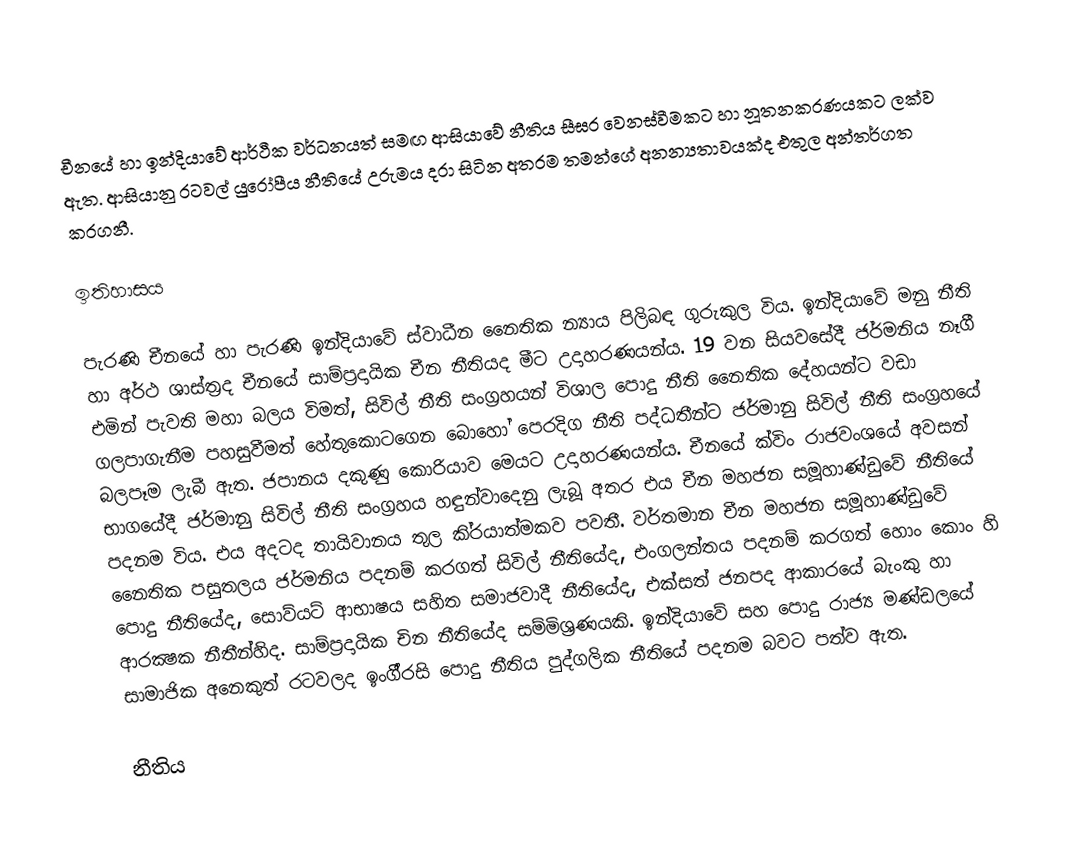
චීනයේ හා ඉන්දියාවේ ආර්ථීක වර්ධනයත් සමඟ ආසියාවේ නීතිය සීඝ‍්‍ර වෙනස්වීමකට හා නූතනකරණයකට ලක්ව ඇත. ආසියානු රටවල් යුරෝපීය නීතියේ උරුමය දරා සිටින අතරම තමන්ගේ අනන්‍යතාවයක්ද එතුල අන්තර්ගත කරගනී.

ඉතිහාසය

පැරණි චීනයේ හා පැරණි ඉන්දියාවේ ස්වාධීන නෛතික න්‍යාය පිලිබඳ ගුරුකුල විය. ඉන්දියාවේ මනු නීති හා අර්ථ ශාස්ත‍්‍රද චීනයේ සාම්ප‍්‍රදායික චීන නීතියද මීට උදාහරණයන්ය. 19 වන සියවසේදී ජර්මනිය නෑගී එමින් පැවති මහා බලය විමත්, සිවිල් නීති සංග‍්‍රහයන් විශාල පොදු නීති නෛතික දේහයන්ට වඩා ගලපාගැනීම පහසුවීමත් හේතුකොටගෙන බොහෝ පෙරදිග නීති පද්ධතීන්ට ජර්මානු සිවිල් නීති සංග‍්‍රහයේ බලපෑම ලැබී ඇත. ජපානය දකුණු කොරියාව මෙයට උදාහරණයන්ය. චීනයේ ක්විං රාජවංශයේ අවසන් භාගයේදී ජර්මානු සිවිල් නීති සංග‍්‍රහය හඳුන්වාදෙනු ලැබූ අතර එය චීන මහජන සමූහාණ්ඩුවේ නීතියේ පදනම විය. එය අදටද තායිවානය තුල කි‍්‍රයාත්මකව පවතී. වර්තමාන චීන මහජන සමූහාණ්ඩුවේ නෛතික පසුතලය ජර්මනිය පදනම් කරගත් සිවිල් නීතියේද, එංගලන්තය පදනම් කරගත් හොං කොං හි පොදු නීතියේද, සොව්යට් ආභාෂය සහිත සමාජවාදී නීතියේද, එක්සත් ජනපද ආකාරයේ බැංකු හා ආරක්‍ෂක නීතීන්හිද. සාම්ප‍්‍රදායික චින නීතියේද සම්මිශ‍්‍රණයකි. ඉන්දියාවේ සහ පොදු රාජ්‍ය මණ්ඩලයේ සාමාජික අනෙකුත් රටවලද ඉංගී‍්‍රසි පොදු නීතිය පුද්ගලික නීතියේ පදනම බවට පත්ව ඇත.

 නීතිය